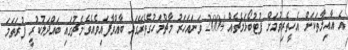
އެ އާއިލާތަކަށް އެހީތެރިވުމަށް ފުޓުބޯޅަމެޗެއް 2004 ވަނައަހަރު މާޗްމަހުގެތެރޭގައި ބާއްވާފައިވެއެވެ.މެޗުގައި ބައްދަލުކުރީ ފުރަތަމަ